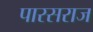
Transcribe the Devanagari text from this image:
पारसराज